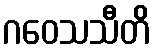
ဂဝေသသီတိ